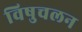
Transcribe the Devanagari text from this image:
विषुचलन